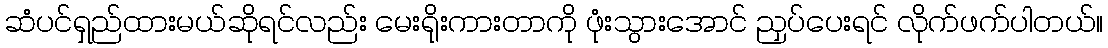
ဆံပင်ရှည်ထားမယ်ဆိုရင်လည်း မေးရိုးကားတာကို ဖုံးသွားအောင် ညှပ်ပေးရင် လိုက်ဖက်ပါတယ်။